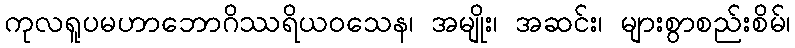
ကုလရူပမဟာဘောဂိဿရိယဝသေန၊ အမျိုး၊ အဆင်း၊ များစွာစည်းစိမ်၊